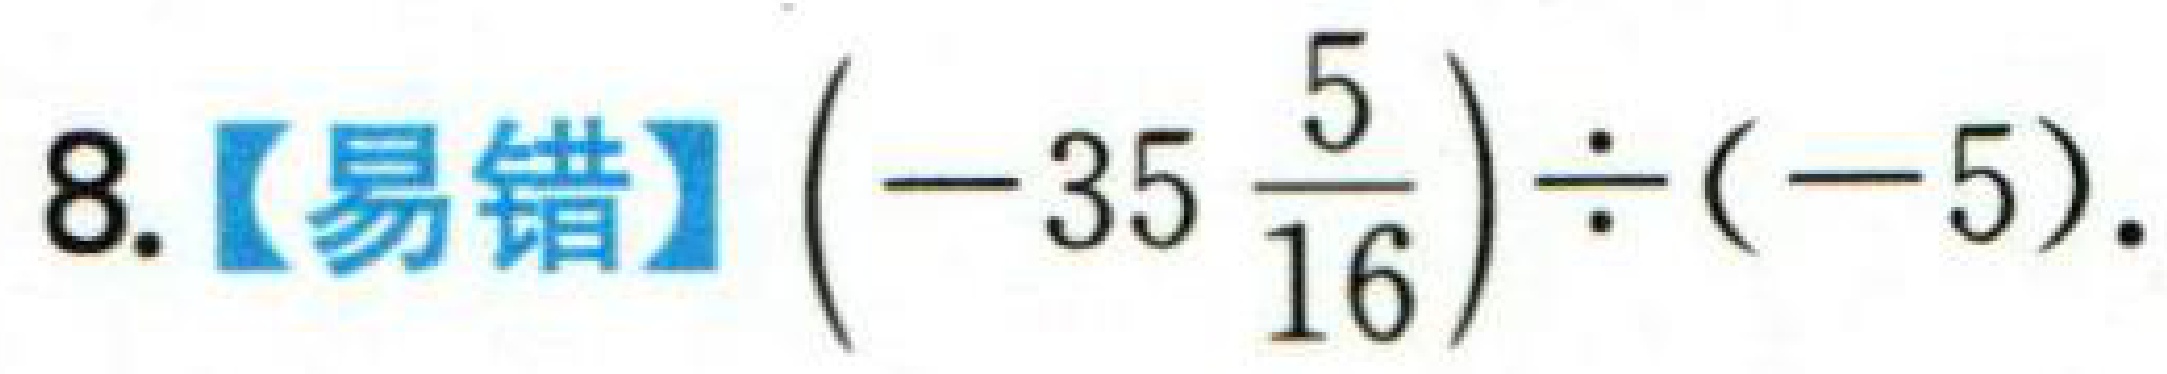
8.【易错】\(\left(-35\frac{5}{16}\right)\div(-5)\).